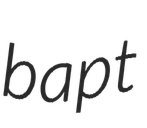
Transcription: bapt